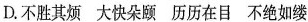
D.不胜其烦 大快朵颐 历历在目 不绝如缕